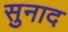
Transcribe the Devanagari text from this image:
सुनाद